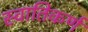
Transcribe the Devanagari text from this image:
स्वातिकर्ण